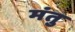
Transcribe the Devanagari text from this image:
मंतु